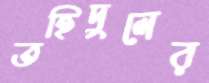
তহিদুলের